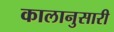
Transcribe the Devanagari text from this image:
कालानुसारी